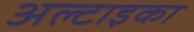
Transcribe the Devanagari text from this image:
अल्टाइका